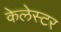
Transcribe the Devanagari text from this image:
केलेस्टर